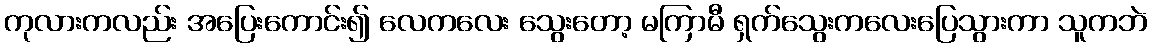
ကုလားကလည်း အပြေးကောင်း၍ လေကလေး သွေးတော့ မကြာမီ ရှက်သွေးကလေးပြေသွားကာ သူကဘဲ